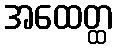
အထေတ္ထ